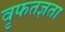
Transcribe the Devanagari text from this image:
वृफतज्ञता